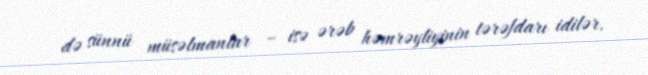
də sünnü müsəlmanlar – isə ərəb həmrəyliyinin tərəfdarı idilər.